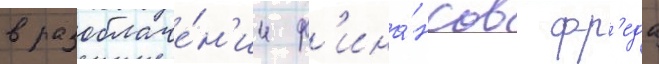
в разоблаче́н'ии ф'ина́нсов фр'еда